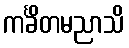
ကင်္ခိတမညာသိ